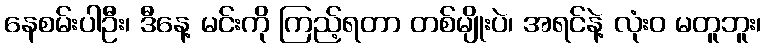
နေစမ်းပါဦး၊ ဒီနေ့ မင်းကို ကြည့်ရတာ တစ်မျိုးပဲ၊ အရင်နဲ့ လုံးဝ မတူဘူး၊